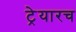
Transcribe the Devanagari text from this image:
ट्रेयारच